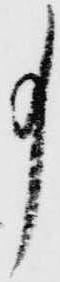
事